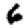
Digit: 6